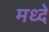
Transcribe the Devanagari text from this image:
मध्दे